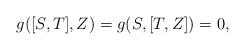
LaTeX: \begin{align*} g([S,T],Z)=g(S,[T,Z])=0, \end{align*}